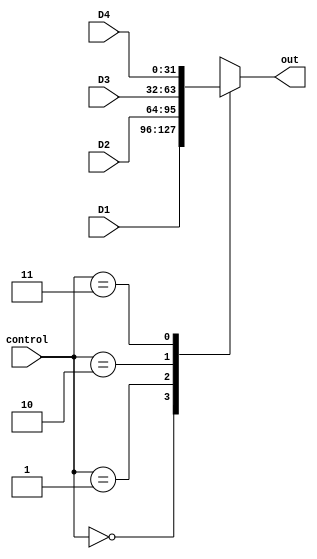
`timescale 1ns / 1ps
//////////////////////////////////////////////////////////////////////////////////
// Company: 
// Engineer: 
// 
// Design Name: 
// Module Name:    mux4_32 
// Project Name: 
// Target Devices: 
// Tool versions: 
// Description: 
//
// Dependencies: 
//
// Revision: 
// Revision 0.01 - File Created
// Additional Comments: 
//
//////////////////////////////////////////////////////////////////////////////////
module mux4_32(
   input[31:0] D1,
	input[31:0] D2,
	input[31:0] D3,
	input[31:0] D4,
	input[1:0] control,
	output reg[31:0] out
    );
	 
	 always@(*)begin
	   case(control)
		  2'b00:out=D1;
		  2'b01:out=D2;
		  2'b10:out=D3;
		  2'b11:out=D4;
		  default:out=D1;
		endcase
	 end


endmodule